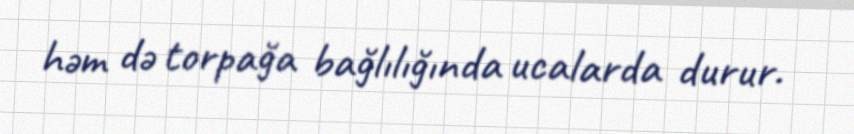
həm də torpağa bağlılığında ucalarda durur.